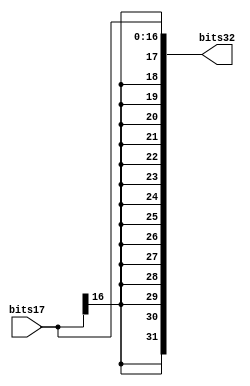
module SX(
	bits17,bits32
);
	input [16:0] bits17;
	output [31:0] bits32;

	assign bits32[16:0]=bits17;
	
	genvar i;
	generate for (i=17;i<32;i=i+1) begin:SX_loop
	  assign bits32[i]=bits17[16];
	end
	endgenerate
	
endmodule

module SX_T(
	bits27, bits32
	);
	input [26:0] bits27;
	output [31:0] bits32;
	
	assign bits32[26:0]=bits27;
	
	genvar i;
	generate for (i=27;i<32;i=i+1) begin:SX_T_loop
		assign bits32[i]=1'b0;
	end
	endgenerate
	
endmodule

module SX_PC(
	bits12, bits32
	);
	input [11:0] bits12;
	output [31:0] bits32;
	assign bits32[11:0]=bits12;
	
	genvar i;
	generate for (i=12;i<32;i=i+1) begin:SX_PC_loop
	  assign bits32[i]= 1'b0;
	end
	endgenerate
	
endmodule